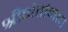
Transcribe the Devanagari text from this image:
श्रीमंतांनाच